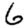
Digit: 6